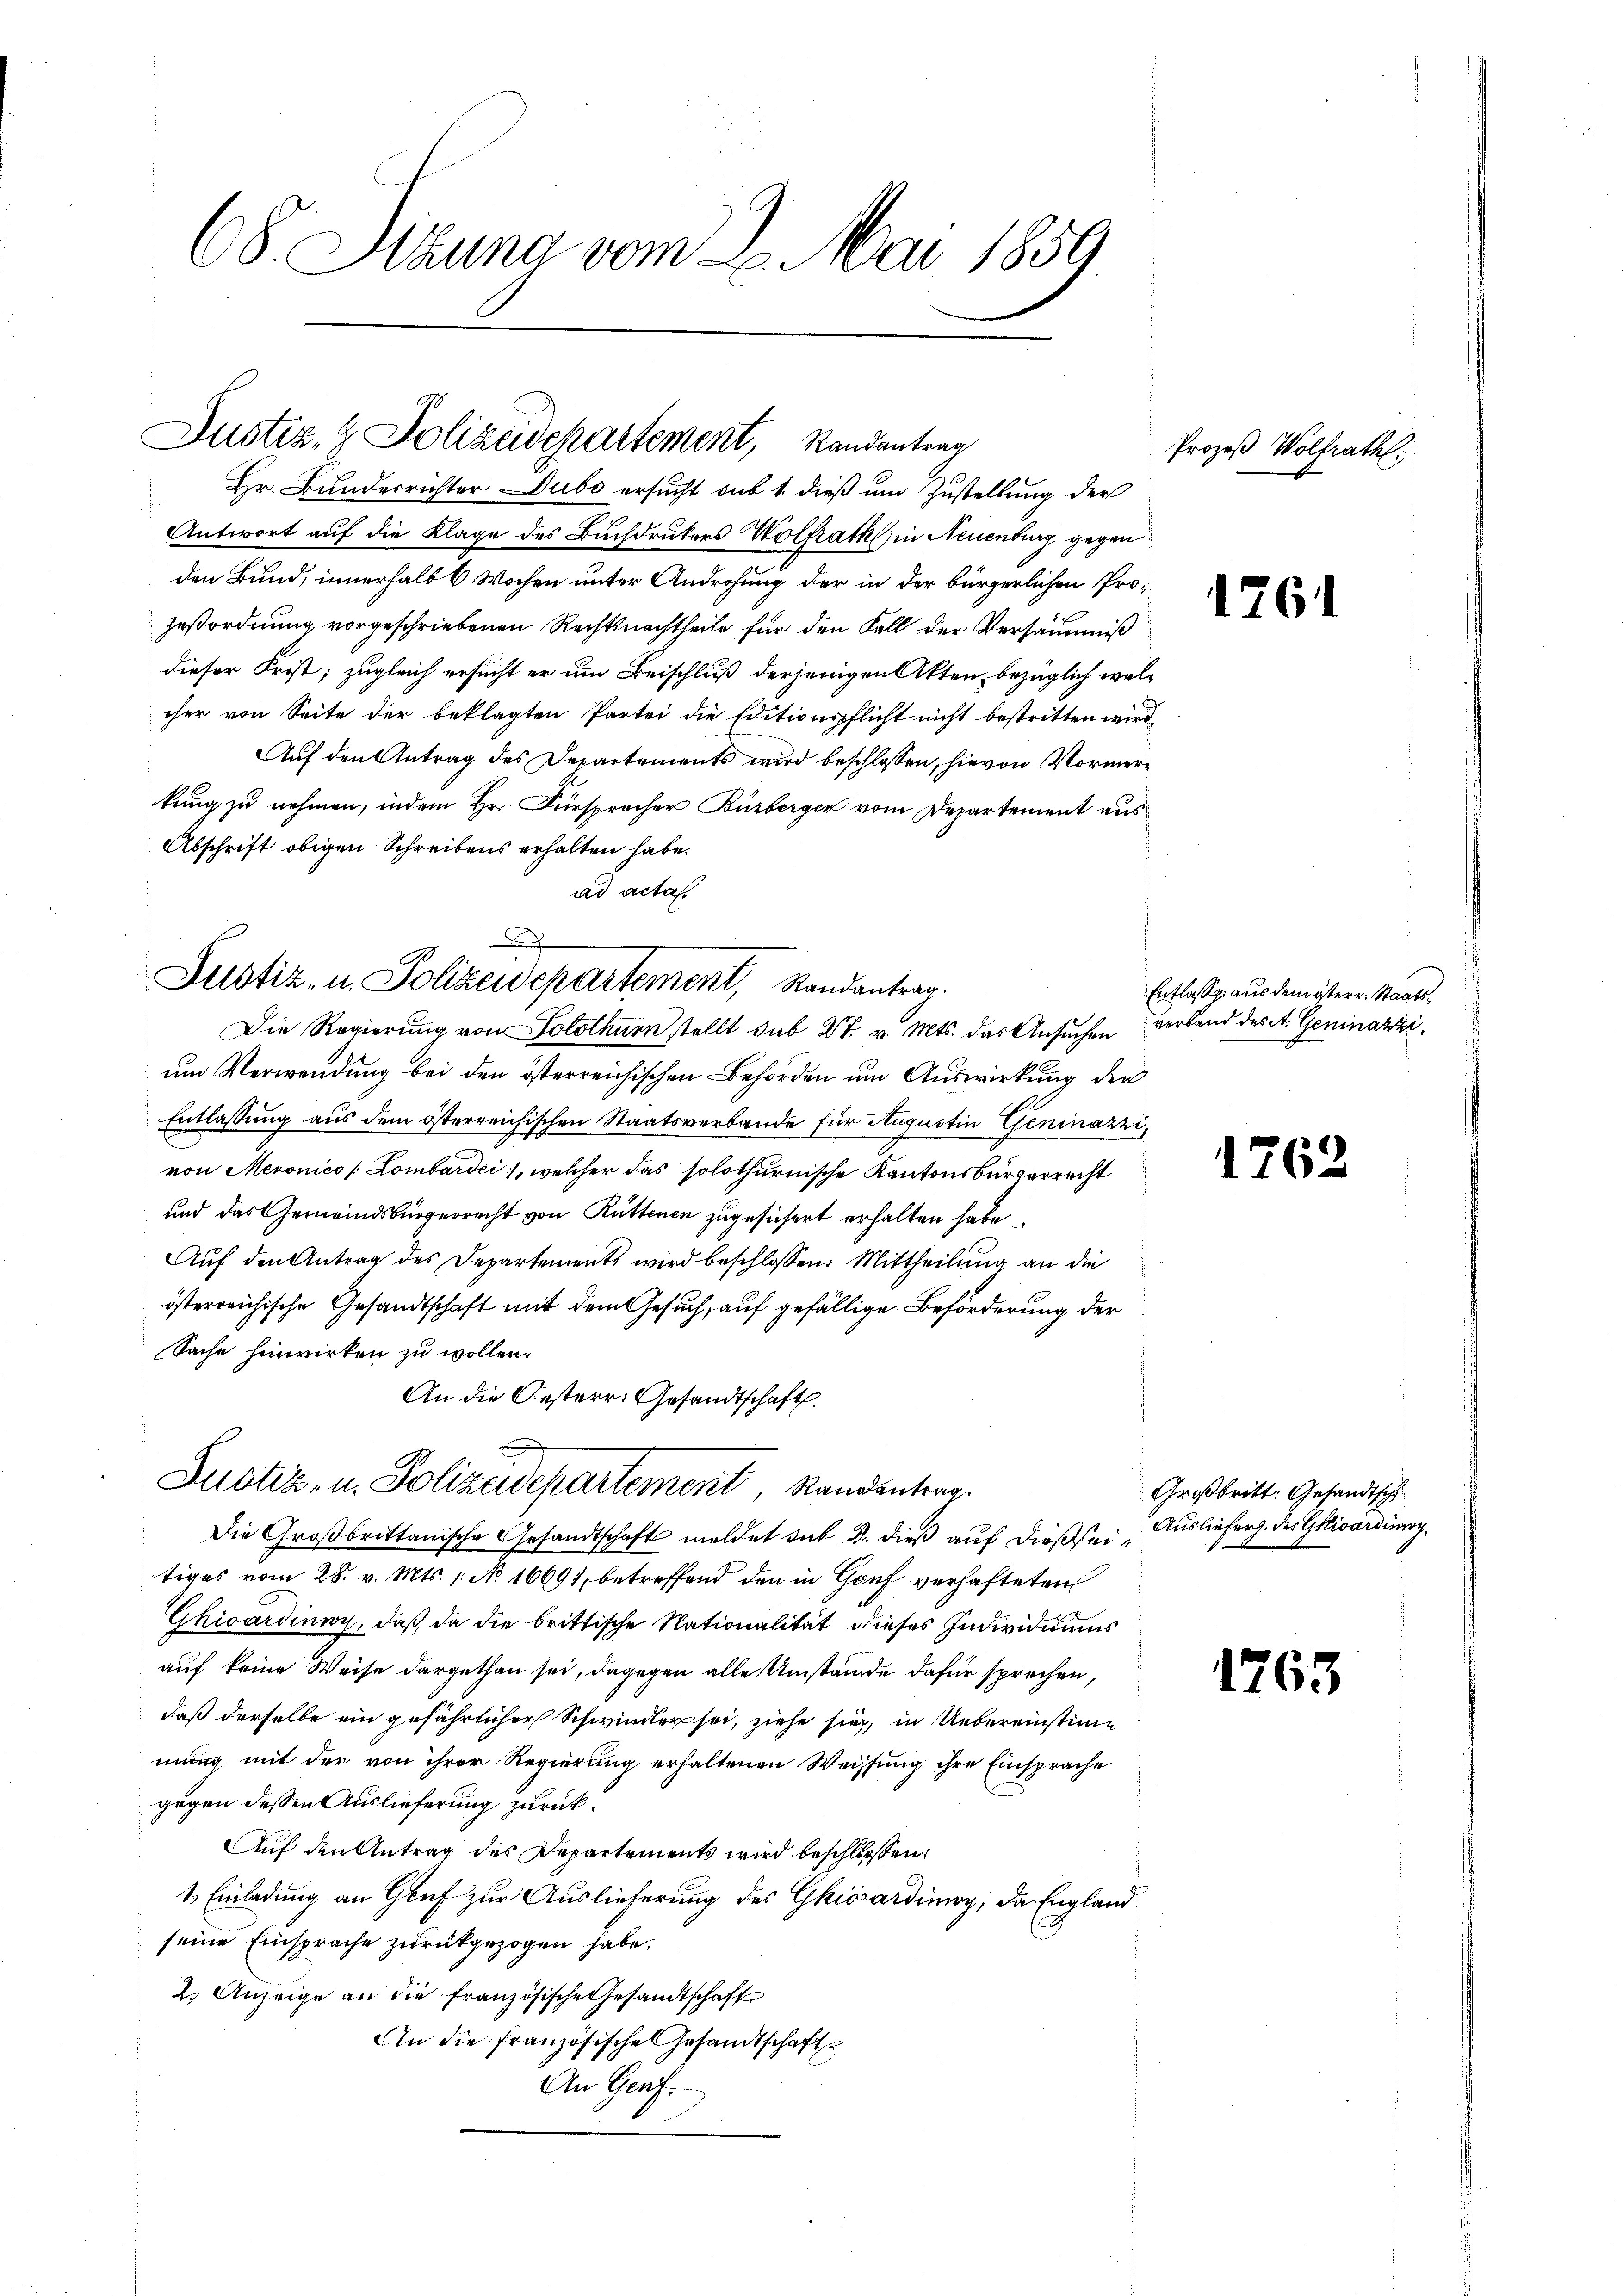
68. Sizung vom 2. Mai 1859

Justiz- & Polizeidepartement, Randantrag
 Hr. Bundesrichter Dubo ersucht sub 1 dieß um Zustellung der

Antwort auf die Klage des Buchdrukers Wolfrath in Neuenburg gegen
den Bund, innerhalb 6 Wochen unter Androhung der in der bürgerlichen Prozeßordnung vorgeschriebenen Rechtsnachtheile für den Fall der Versäumniß
dieser Frist; zugleich ersucht er um Beischluß derjenigen Akten, bezüglich welcher von Seite der beklagten Partei die Editionspflicht nicht bestritten wird.
Auf den Antrag des Departements wird beschlossen, hievon Vormerkung zu nehmen, indem Hr. Fürsprecher Buzberger vom Departement aus
Abschrift obigen Schreibens erhalten habe.
ad acta.

J
Justiz- u. Polizeidepartement, Randantrag.
Die Regierung von Solothurn stellt sub 27. v. Mts. das Ansuchen verband des St. Geninarzi¬

um Verwendung bei den österreichischen Behörden um Auswirkung der
Entlassung aus dem österreichischen Staatsverbande für Augustin Geninazzi,
von Meronico [Lombardi, welcher das solothurnische Kantonsbürgerrecht
und das Gemeindsbürgerrecht von Rüttenen zugesichert erhalten habe.
Aŭf den Antrag des Departements wird beschlossen: Mittheilŭng an die
österreichische Gesandtschaft mit dem Gesuch, auf gefällige Beförderung der
Sache hinwirken zu wollen.
An die Oesterr. Gesandtschaft.

Justiz- u. Polizeidepartement, Randantrag.

Die Großbrittanische Gesandtschaft meldet das Dr. dieß auf dießseitiges vom 28. v. Mts. 1. No 16691, betreffend den in Genf verhafteten
Ghicardinoch, daß da die brittische Nationalität dieses Individuums
auf keine Weise dargethan sei, dagegen alle Umstände dafür sprechen,
daß derselbe ein gefährlicher Schwindler sei, ziehe sie, in Uebereinstimmung mit der von ihrer Regierung erhaltenen Weissung ihre Einsprache
gegen dessen Auslieferung zurück¬
Auf den Antrag des Departements wird beschlossen:
1. Einladung an Graf zur Auslieferung des Girarding, da England
seine Einsprache zurückgezogen habe,
2.) Anzeige an die französische Gesandtschaft
An die französische Gesandtschaft
An Genf.

Prozeß Wolfrath:

1761

Entlasse aus dem österr. Staats¬

1762

Großbritt: Gesandtsch
Auslieferg. des Grisardinoy,

1763